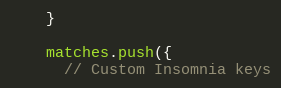
Language: JavaScript
    }

    matches.push({
      // Custom Insomnia keys